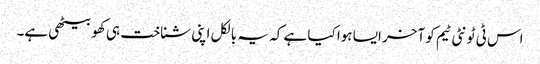
اس ٹی ٹونٹی ٹیم کو آخر ایسا ہوا کیا ہے کہ یہ بالکل اپنی شناخت ہی کھو بیٹھی ہے۔